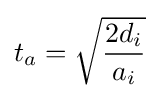
t_{a}={\sqrt {\frac {2d_{i}}{a_{i}}}}